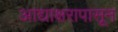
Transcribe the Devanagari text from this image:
आद्याक्षरापासून